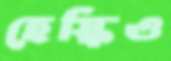
হেস্কিও